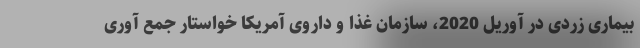
بیماری زردی در آوریل 2020، سازمان غذا و داروی آمریکا خواستار جمع آوری